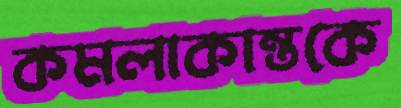
কমলাকান্তকে